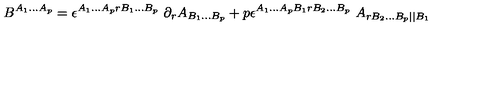
B ^ { A _ { 1 } . . . A _ { p } } = \epsilon ^ { A _ { 1 } . . . A _ { p } r B _ { 1 } . . . B _ { p } } \ \partial _ { r } A _ { B _ { 1 } . . . B _ { p } } + p \epsilon ^ { A _ { 1 } . . . A _ { p } B _ { 1 } r B _ { 2 } . . . B _ { p } } \ A _ { r B _ { 2 } . . . B _ { p } | | B _ { 1 } } \